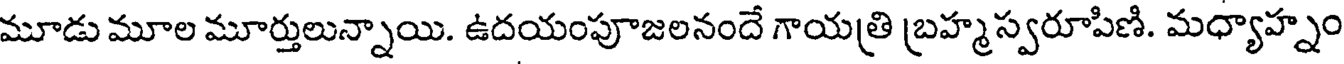
మూడు మూల మూర్తులున్నాయి. ఉదయంపూజలనందే గాయత్రి బ్రహ్మస్వరూపిణి. మధ్యాహ్నం